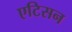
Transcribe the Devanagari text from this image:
एटिसन